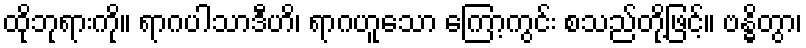
ထိုဘုရားကို။ ရာဂပါသာဒီဟိ၊ ရာဂဟူသော ကြော့ကွင်း စသည်တို့ဖြင့်။ ဗန္ဓိတွာ၊